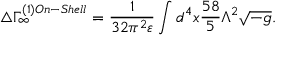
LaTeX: \triangle \Gamma _ { \infty } ^ { ( 1 ) O n - S h e l l } = \frac { 1 } { 3 2 \pi ^ { 2 } \varepsilon } \int d ^ { 4 } x \frac { 5 8 } { 5 } \Lambda ^ { 2 } \sqrt { - g } .